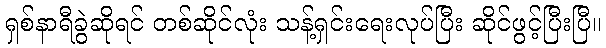
ရှစ်နာရီခွဲဆိုရင် တစ်ဆိုင်လုံး သန့်ရှင်းရေးလုပ်ပြီး ဆိုင်ဖွင့်ပြီးပြီ။